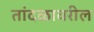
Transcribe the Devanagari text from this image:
तांदळावरील